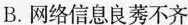
B.网络信息良莠不齐